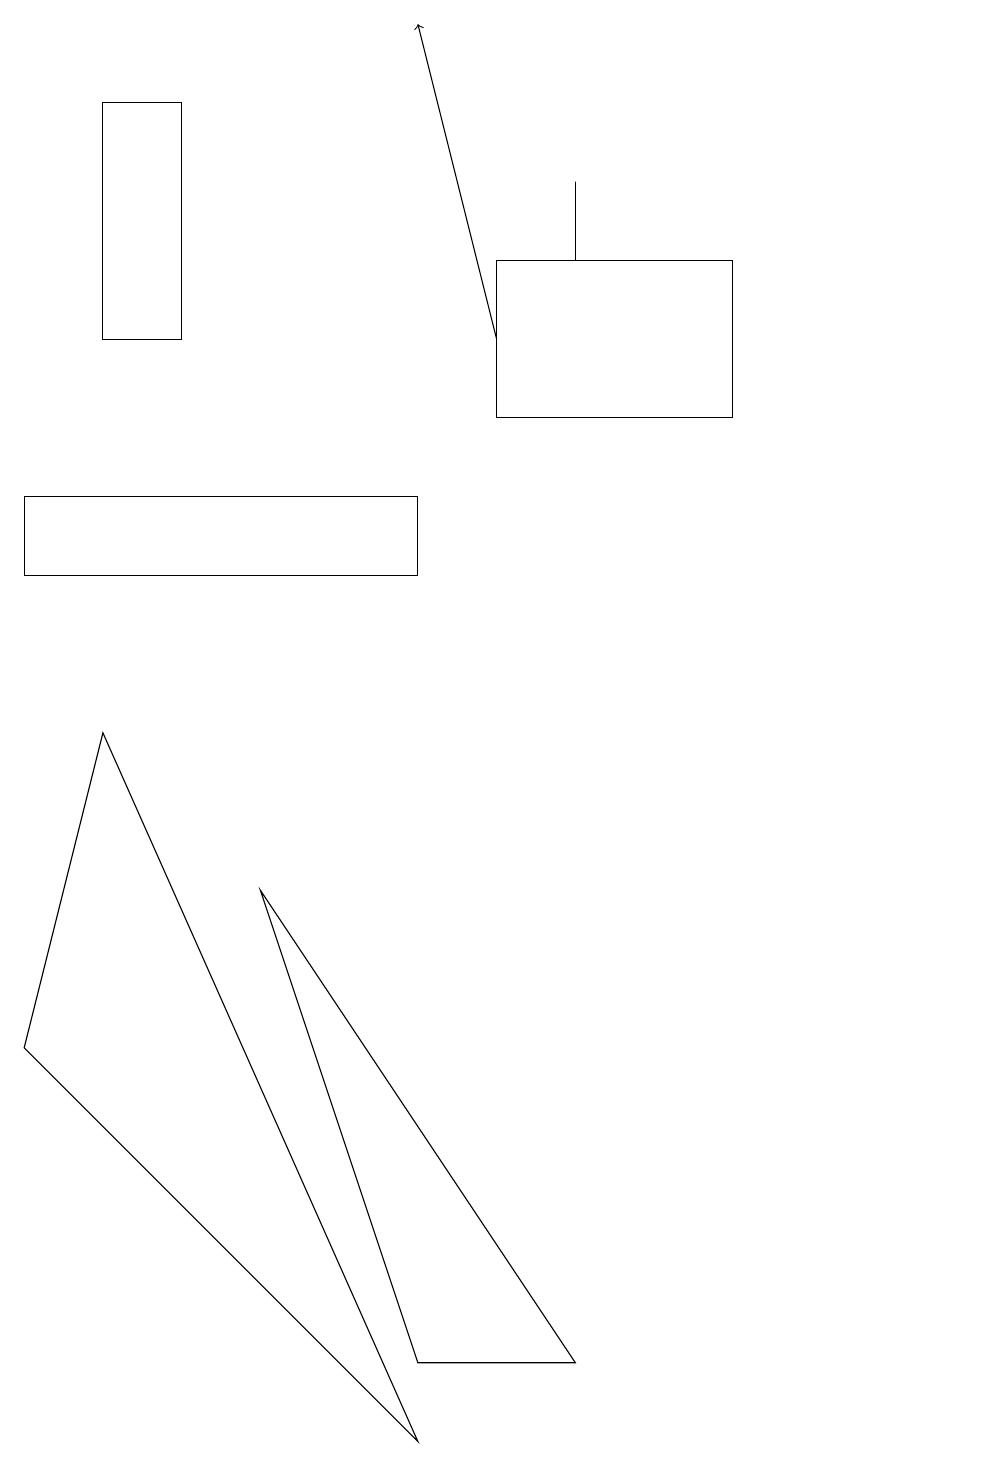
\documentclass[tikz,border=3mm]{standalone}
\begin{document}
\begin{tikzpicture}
\draw[->] (6,14) -- (5,18);
\draw (7,1) -- (5,1) -- (3,7) -- cycle;
\draw (5,12) rectangle (0,11);
\draw (2,17) rectangle (1,14);
\draw (7,15) rectangle (7,16);
\draw (6,13) rectangle (9,15);
\draw (12,10) circle (0);
\draw (0,5) -- (5,0) -- (1,9) -- cycle;
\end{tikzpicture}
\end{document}